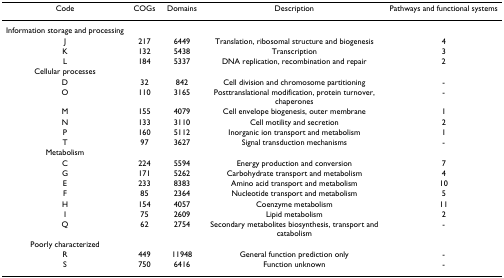
| Code | COGs | Domains | Description | Pathways and functional systems |
 | --- | --- | --- | --- | --- |
 | Information storage and processing |  |  |  |  |
 | J | 217 | 6449 | Translation, ribosomal structure and biogenesis | 4 |
 | K | 132 | 5438 | Transcription | 3 |
 | L | 184 | 5337 | DNA replication, recombination and repair | 2 |
 | Cellular processes |  |  |  |  |
 | D | 32 | 842 | Cell division and chromosome partitioning | - |
 | O | 110 | 3165 | Posttranslational modification, protein turnover, chaperones | - |
 | M | 155 | 4079 | Cell envelope biogenesis, outer membrane | 1 |
 | N | 133 | 3110 | Cell motility and secretion | 2 |
 | P | 160 | 5112 | Inorganic ion transport and metabolism | 1 |
 | T | 97 | 3627 | Signal transduction mechanisms | - |
 | Metabolism |  |  |  |  |
 | C | 224 | 5594 | Energy production and conversion | 7 |
 | G | 171 | 5262 | Carbohydrate transport and metabolism | 4 |
 | E | 233 | 8383 | Amino acid transport and metabolism | 10 |
 | F | 85 | 2364 | Nucleotide transport and metabolism | 5 |
 | H | 154 | 4057 | Coenzyme metabolism | 11 |
 | I | 75 | 2609 | Lipid metabolism | 2 |
 | Q | 62 | 2754 | Secondary metabolites biosynthesis, transport and catabolism | - |
 | Poorly characterized |  |  |  |  |
 | R | 449 | 11948 | General function prediction only | - |
 | S | 750 | 6416 | Function unknown | - |